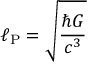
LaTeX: \ell _ { \mathrm { P } } = { \sqrt { \frac { \hbar G } { c ^ { 3 } } } }